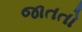
જાતતો